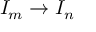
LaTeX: I _ { m } \to I _ { n }